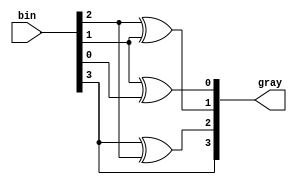
`timescale 1ns / 1ps


module Bin_to_gray(
input [3:0] bin,
output [3:0] gray
    );
    assign gray[3] = bin[3];
    assign gray[2] = bin[3] ^ bin[2];
    assign gray[1] = bin[2] ^ bin[1];
    assign gray[0] = bin[1] ^ bin[0];
endmodule